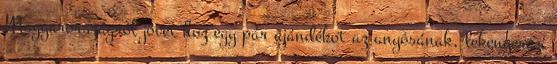
Magyarországról jövet hoz egy pár ajándékot az anyósának, lekenyerezi